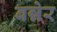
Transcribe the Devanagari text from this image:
बन्नेर